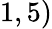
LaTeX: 1,5)